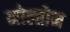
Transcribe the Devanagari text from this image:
नोल्तोन